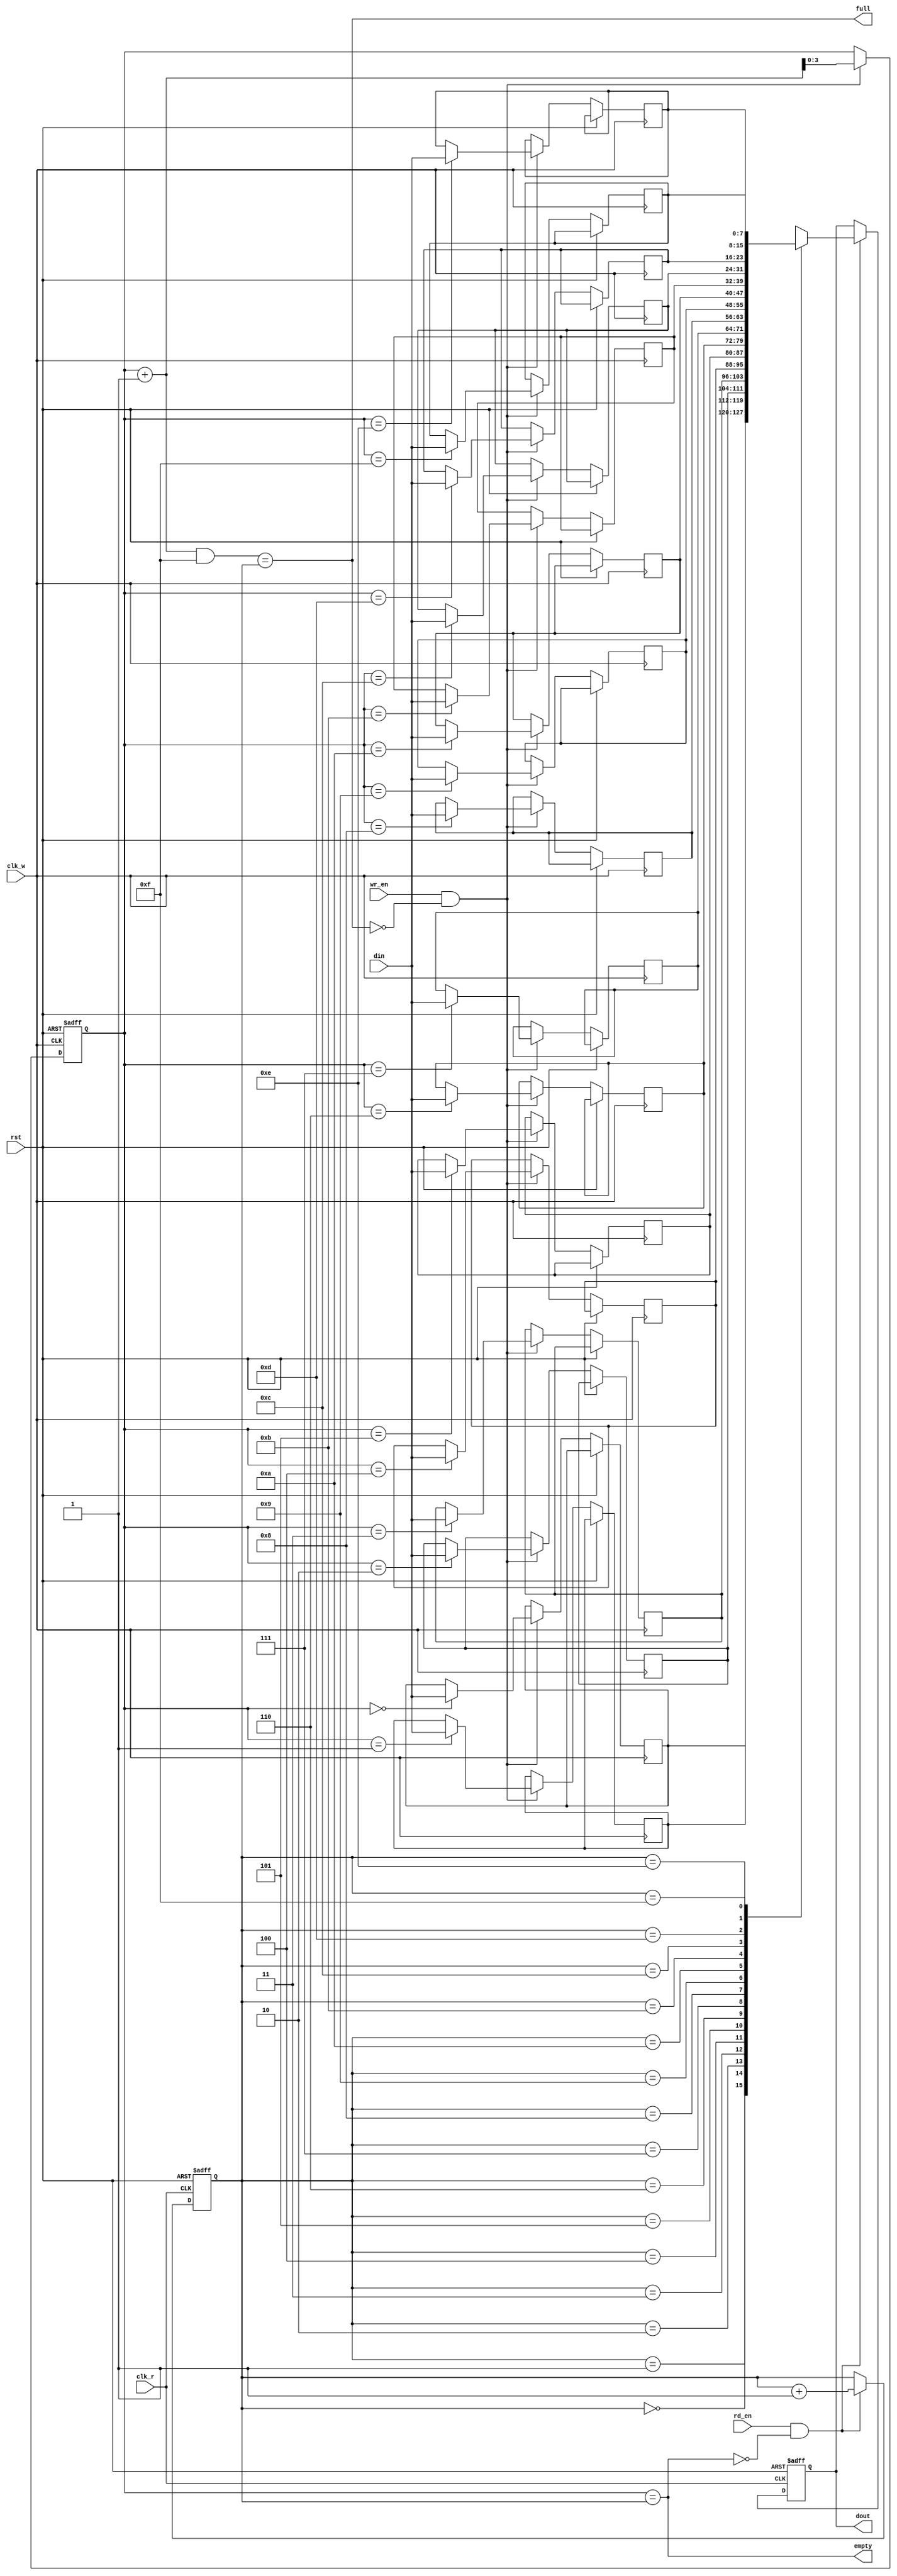
module async_fifo #(
    parameter DATA_WIDTH = 8,      // Width of the data
    parameter FIFO_DEPTH = 16       // Depth of the FIFO (must be a power of 2)
)(
    input wire clk_w,               // Write clock
    input wire clk_r,               // Read clock
    input wire rst,                 // Asynchronous reset
    input wire wr_en,               // Write enable
    input wire rd_en,               // Read enable
    input wire [DATA_WIDTH-1:0] din, // Data input
    output reg [DATA_WIDTH-1:0] dout, // Data output
    output reg empty,               // FIFO empty flag
    output reg full                 // FIFO full flag
);

    localparam ADDR_WIDTH = $clog2(FIFO_DEPTH); // Address width for the FIFO

    // Memory array
    reg [DATA_WIDTH-1:0] fifo_mem [0:FIFO_DEPTH-1];

    // Pointers
    reg [ADDR_WIDTH-1:0] wp; // Write pointer
    reg [ADDR_WIDTH-1:0] rp; // Read pointer

    // Pointer synchronization
    reg [ADDR_WIDTH-1:0] rp_sync; // Synchronized read pointer
    reg [ADDR_WIDTH-1:0] wp_sync; // Synchronized write pointer

    // Write Logic
    always @(posedge clk_w or posedge rst) begin
        if (rst) begin
            wp <= 0;
        end else if (wr_en && !full) begin
            fifo_mem[wp] <= din;
            wp <= wp + 1;
        end
    end

    // Read Logic
    always @(posedge clk_r or posedge rst) begin
        if (rst) begin
            rp <= 0;
            dout <= 0;
        end else if (rd_en && !empty) begin
            dout <= fifo_mem[rp];
            rp <= rp + 1;
        end
    end

    // Status Flags
    always @(*) begin
        empty = (wp == rp);
        full = ((wp + 1) & (FIFO_DEPTH-1)) == rp; // Wrap-around condition
    end

    // Synchronization of Read Pointer
    always @(posedge clk_w or posedge rst) begin
        if (rst) begin
            rp_sync <= 0;
        end else begin
            rp_sync <= rp;
        end
    end

    // Synchronization of Write Pointer
    always @(posedge clk_r or posedge rst) begin
        if (rst) begin
            wp_sync <= 0;
        end else begin
            wp_sync <= wp;
        end
    end

endmodule